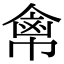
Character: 𢄕